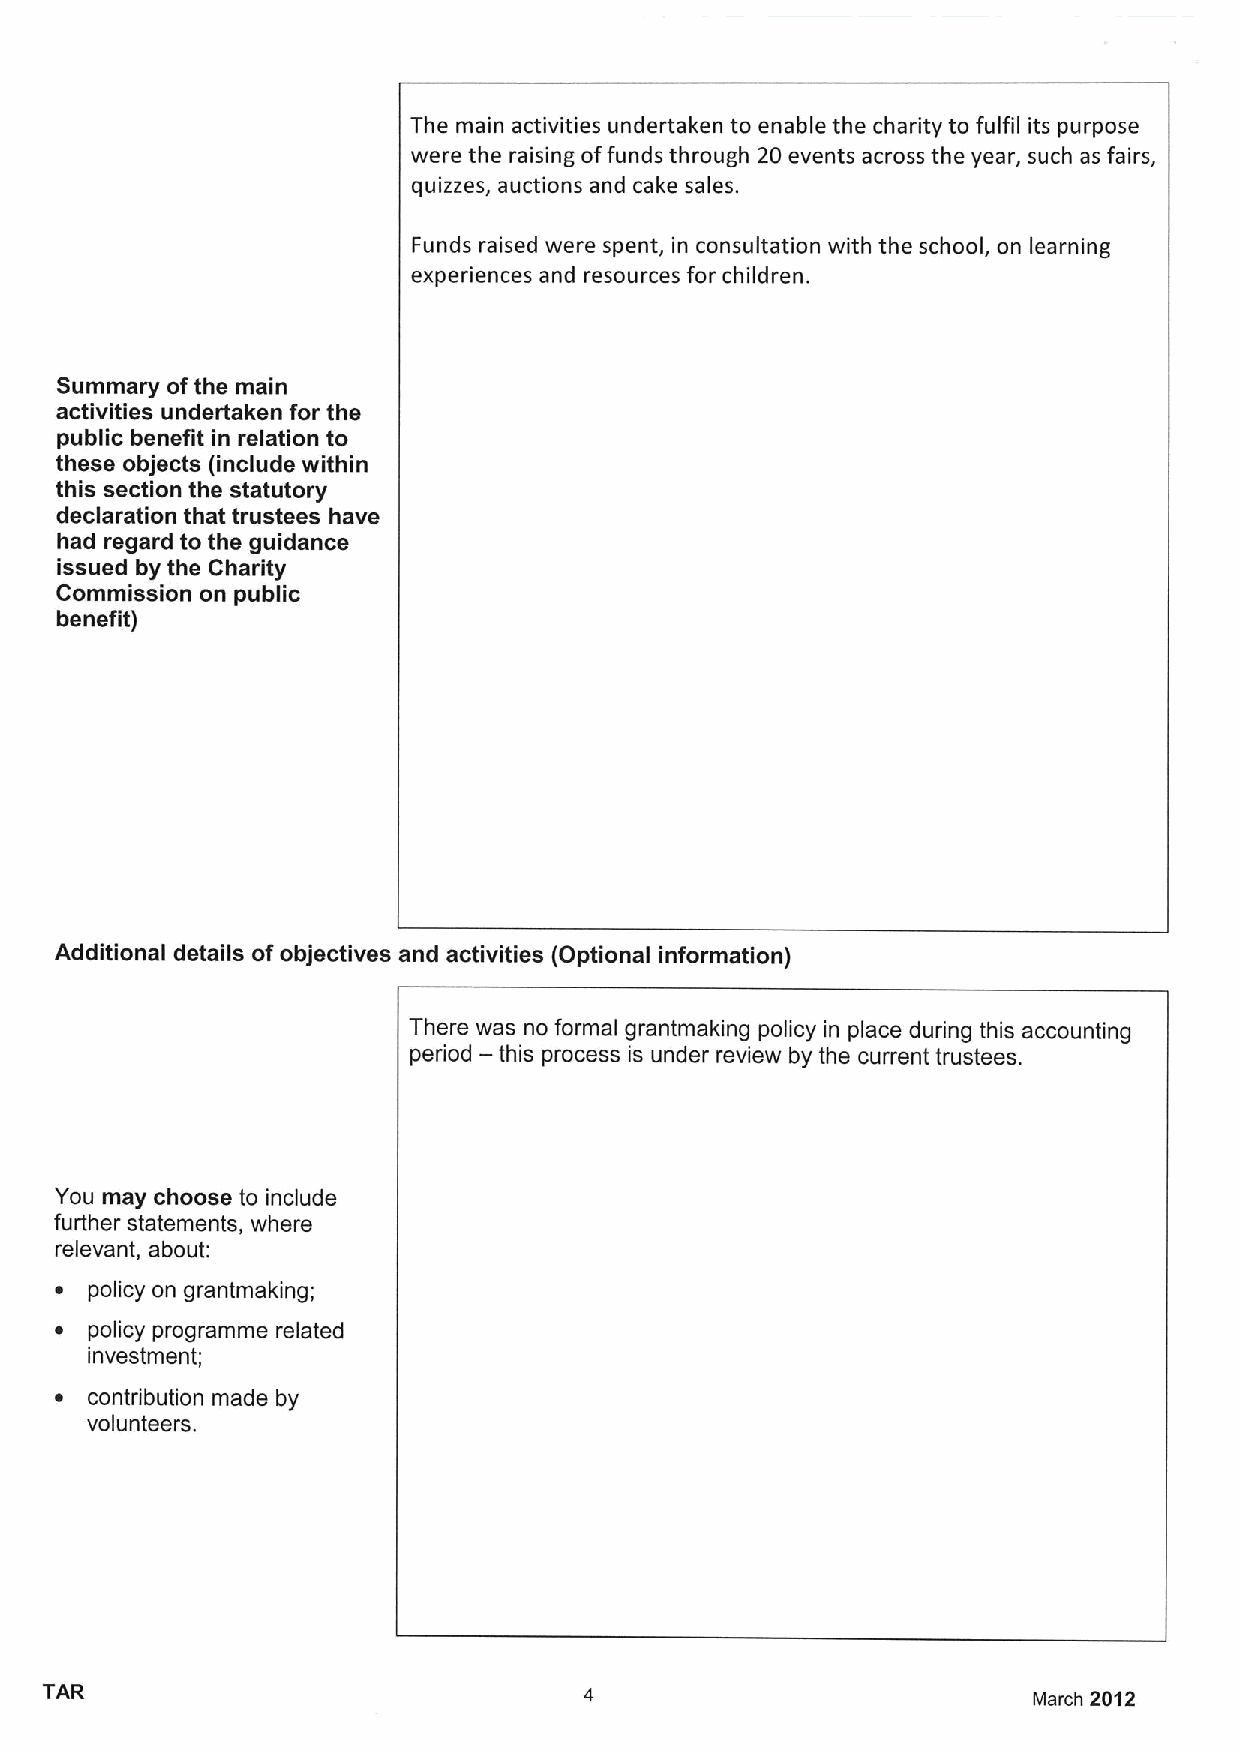
The main activities undertaken to enable the charity to fulfil its purpose
 were the raising offunds through 20 events across the year, such as fairs,
 quizzes, auctions and cake sales.
 Funds raised were spent, in consultation with the school, on learning
 experiences and resources for children.
 Summary ofthe main
 activities undertaken for the
 public benefit in relation to
 these objects (include within
 this section the statutory
 declaration that trustees have
 had regard to the guidance
 issued by the Charity
 Commission on public
 benefit)
 Additional details ofobjectives and activities (Optional information)
 There was no formal grantmaking policy in place during this accounting
 —
 period this process is under review by the current trustees.
 You may choose to include
 further statements, where
 relevant, about:
 ~ policy on grantmaking;
 ~ policy programme related
 investment;
 ~ contribution made by
 volunteers.
 TAR                                                              March 2012